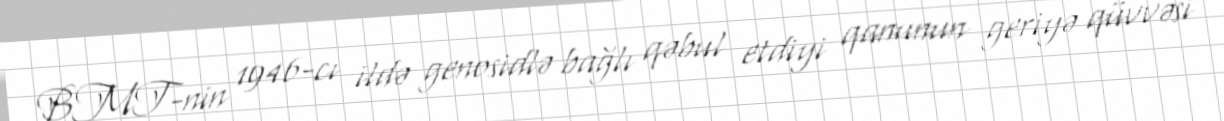
BMT-nin 1946-cı ildə genosidlə bağlı qəbul etdiyi qanunun geriyə qüvvəsi